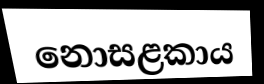
නොසළකාය